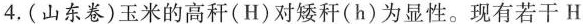
4.(山东卷)玉米的高秆(H)对矮秆(h)为显性。现有若干H